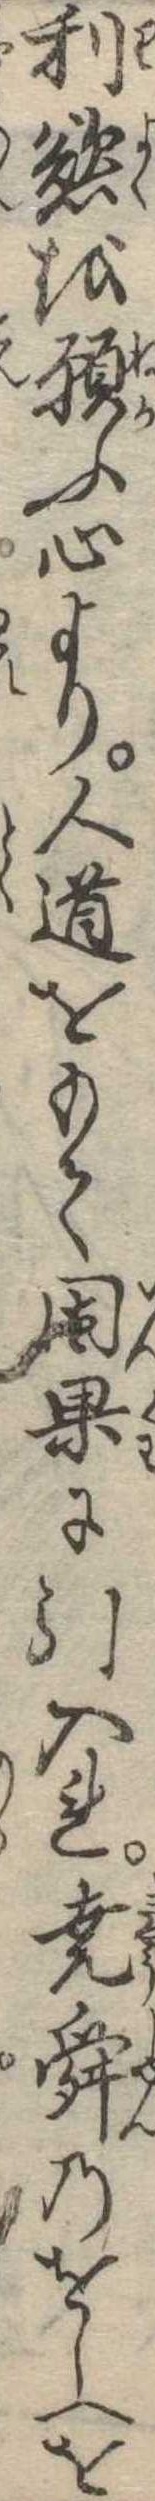
利慾を願ふ心より人道をもて因果に引入れ尭舜のをしへを